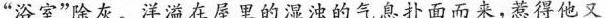
“浴室”除灰。洋溢在屋里的湿浊的气息扑面而来，惹得他又